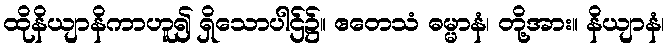
ထိုနိယျာနိကာဟူ၍ ရှိသောပါဌ်၌။ ဧတေသံ ဓမ္မာနံ၊ တို့အား။ နိယျာနံ၊